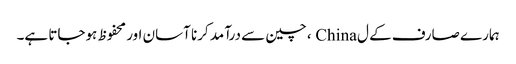
ہمارے صارف کے ل China ، چین سے درآمد کرنا آسان اور محفوظ ہوجاتا ہے۔